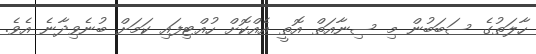
ހާލަތުގެ ސަބަބުން މި ސިނާއަތް އޮތީ އެއްކޮށް ހުއްޓިފައި ކަމަށް ބުނެވިދާނެ އެވެ.